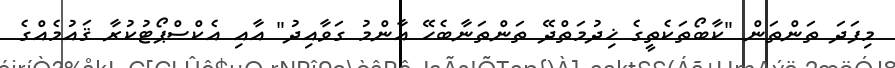
މިފަދަ ތަންތަން "ކާބޯތަކެތީގެ ޚިދުމަތްދޭ ތަންތަނާބެހޭ އާންމު ގަވާއިދު" އާއި އެކްސްޕޯޓުކުރާ ޤައުމެއްގެ